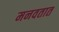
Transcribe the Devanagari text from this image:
मनवतात